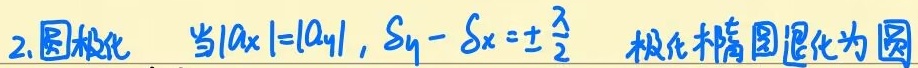
2. 圆极化 . 当$|a_x| = |a_y|$，$\delta_y - \delta_x=\pm\frac{\pi}{2}$ 极化椭圆图退化为圆